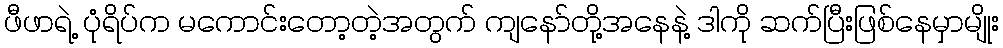
ဖီဖာရဲ့ ပုံရိပ်က မကောင်းတော့တဲ့အတွက် ကျနော်တို့အနေနဲ့ ဒါကို ဆက်ပြီးဖြစ်နေမှာမျိုး